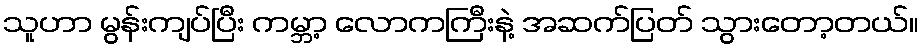
သူဟာ မွန်းကျပ်ပြီး ကမ္ဘာ့ လောကကြီးနဲ့ အဆက်ပြတ် သွားတော့တယ်။